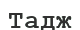
Тадж